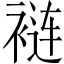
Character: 裢